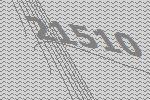
21510